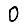
Digit: 0